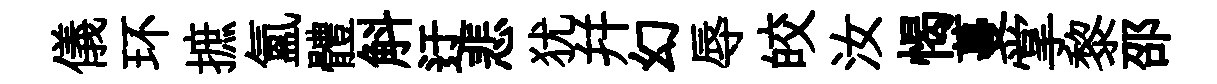
儀环摭氳體斛迂悲犹幷幻辱皎汝愒蔓掌黎邵